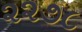
૨૨૭૮